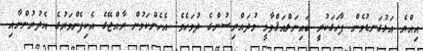
އިއްޔެ އަޅުގަނޑުމެން ފާހަގަކުރީ ބައިނަލްއަޤްވާމީ މުދައްރިސުންގެ ދުވަހެވެ. އެހެންކަމުން ރާއްޖޭގެ އެކިފެންވަރުގެ އެދުރުންނާއި